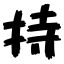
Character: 持